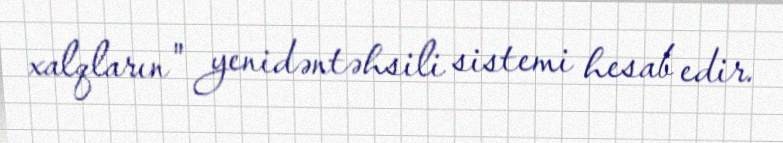
xalqların" yenidəntəhsili sistemi hesab edir.